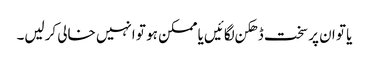
یا تو ان پر سخت ڈھکن لگائیں یا ممکن ہو تو انہیں خالی کرلیں۔